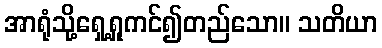
အာရုံသို့ရှေ့ရှုကင်၍တည်သော။ သတိယာ